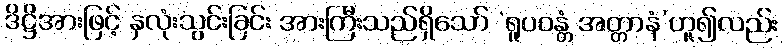
ဒိဋ္ဌိအားဖြင့် နှလုံးသွင်းခြင်း အားကြီးသည်ရှိသော် ‘ရူပဝန္တံ အတ္တာနံ’ဟူ၍လည်း